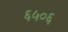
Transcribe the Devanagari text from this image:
६५०६